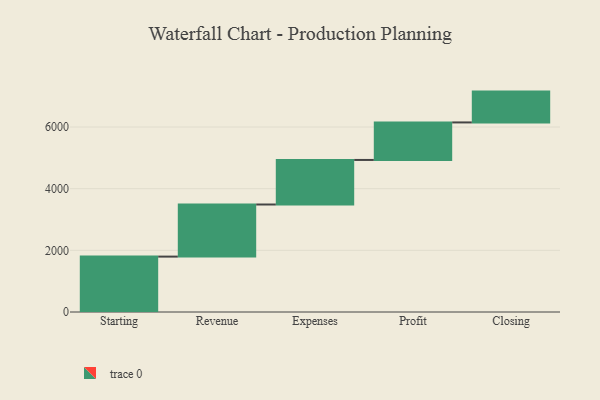
{"axis": {"x": "Step", "y": "Value"}, "legend": [""], "data": [{"x": "Starting", "y": 1797.0, "type": ""}, {"x": "Revenue", "y": 1690.0, "type": ""}, {"x": "Expenses", "y": 1445.0, "type": ""}, {"x": "Profit", "y": 1217.0, "type": ""}, {"x": "Closing", "y": 1000, "type": ""}]}